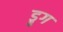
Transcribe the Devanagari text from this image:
ड्रुग